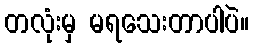
တလုံးမှ မရသေးတာပါပဲ။